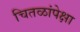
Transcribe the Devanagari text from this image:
चितळांपेक्षा